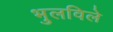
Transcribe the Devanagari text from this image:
भुलविले